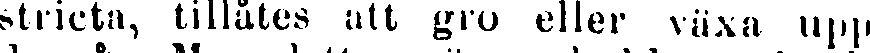
stricta, tillåtes att gro eller växa upp